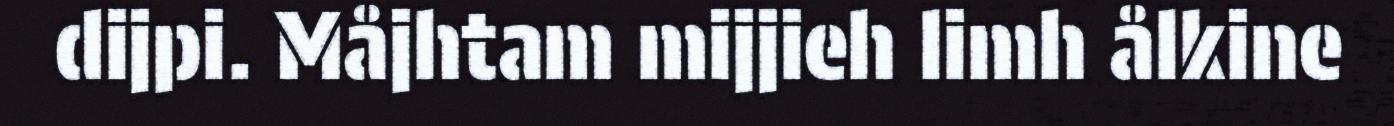
dijpi. Måjhtam mijjieh limh ålkine